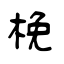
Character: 梚